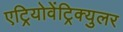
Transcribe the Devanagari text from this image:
एट्रियोवेंट्रिक्युलर